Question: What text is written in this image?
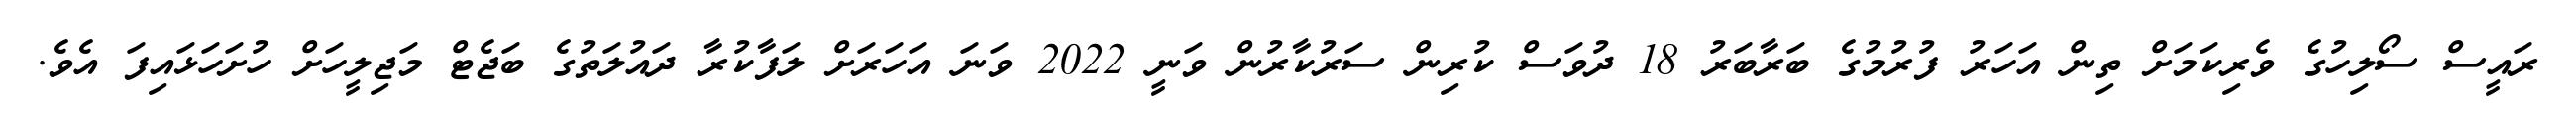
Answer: ރައީސް ސޯލިހުގެ ވެރިކަމަށް ތިން އަހަރު ފުރުމުގެ ބަރާބަރު 18 ދުވަސް ކުރިން ސަރުކާރުން ވަނީ 2022 ވަނަ އަހަރަށް ލަފާކުރާ ދައުލަތުގެ ބަޖެޓް މަޖިލީހަށް ހުށަހަޅައިފަ އެވެ.